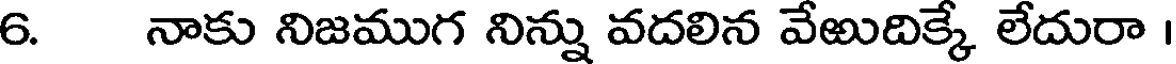
6. నాకు నిజముగ నిన్ను వదలిన వేఱుదిక్కే లేదురా